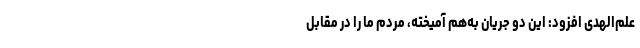
‌ علم‌الهدی افزود: این دو جریان به‌هم آمیخته، مردم ما را در مقابل